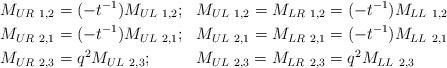
LaTeX: \begin{align*} M_{UR\ 1,2} & = (-t^{-1}) M_{UL\ 1,2}; \ \ M_{UL\ 1,2} = M_{LR\ 1,2} = (-t^{-1}) M_{LL\ 1,2} \\ M_{UR\ 2,1} & = (-t^{-1}) M_{UL\ 2,1}; \ \ M_{UL\ 2,1} = M_{LR\ 2,1} = (-t^{-1}) M_{LL\ 2,1} \\ M_{UR\ 2,3} & = q^2 M_{UL\ 2,3}; \ \ \ \ \ \ \ \ M_{UL\ 2,3} = M_{LR\ 2,3} = q^2 M_{LL\ 2,3} \end{align*}